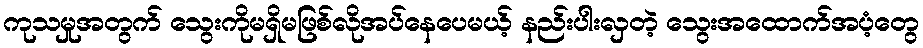
ကုသမှုအတွက် သွေးကိုမရှိမဖြစ်လိုအပ်နေပေမယ့် နည်းပါးလှတဲ့ သွေးအထောက်အပံ့တွေ